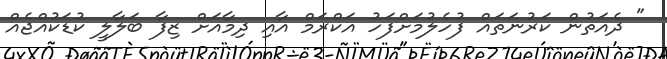
" ދެއަތުން ކަރުނަތައް ފުހެލުމަށްފަހު އަކްރަމް އާއި ދިމާއަށް ޒިފާ ބަލާލީ ކުޑަކުއްޖެއް